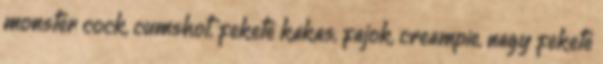
monster cock, cumshot, fekete kakas, fajok, creampie, nagy fekete